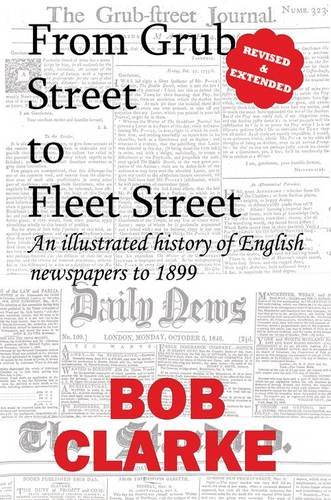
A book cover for From Grub Street to Fleet Street; Bob Clarke; Crafts, Hobbies & Home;